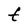
Character: t